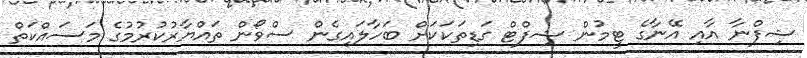
ޝިފްނާ އާއި އޭނާގެ ޓީމުން ޝިފްޓް ގަޑިތަކަކަށް ބަހާލައިގެން ސްވޯން ތައްޔާރުކުރުމުގެ މަސައްކަތް